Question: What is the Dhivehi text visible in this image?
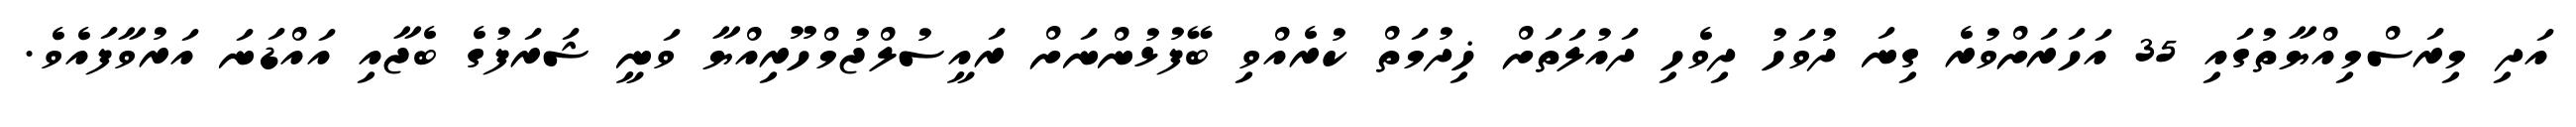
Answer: އަދި މިރަސްމިއްޔާތުގައި 35 އަހަރަށްވުރެ ގިނަ ދުވަހު ދިވެހި ދައުލަތަށް ޚިދުމަތް ކުރެއްވި ބޭފުޅުންނަށް ރައީސުލްޖުމްހޫރިއްޔާ ވަނީ ޝަރަފުގެ ބެޖާއި އައްޑަނަ އަރުވާފައެވެ.